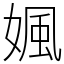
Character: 㜄